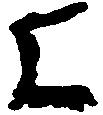
よ